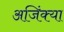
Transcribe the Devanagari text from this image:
अजिंक्या